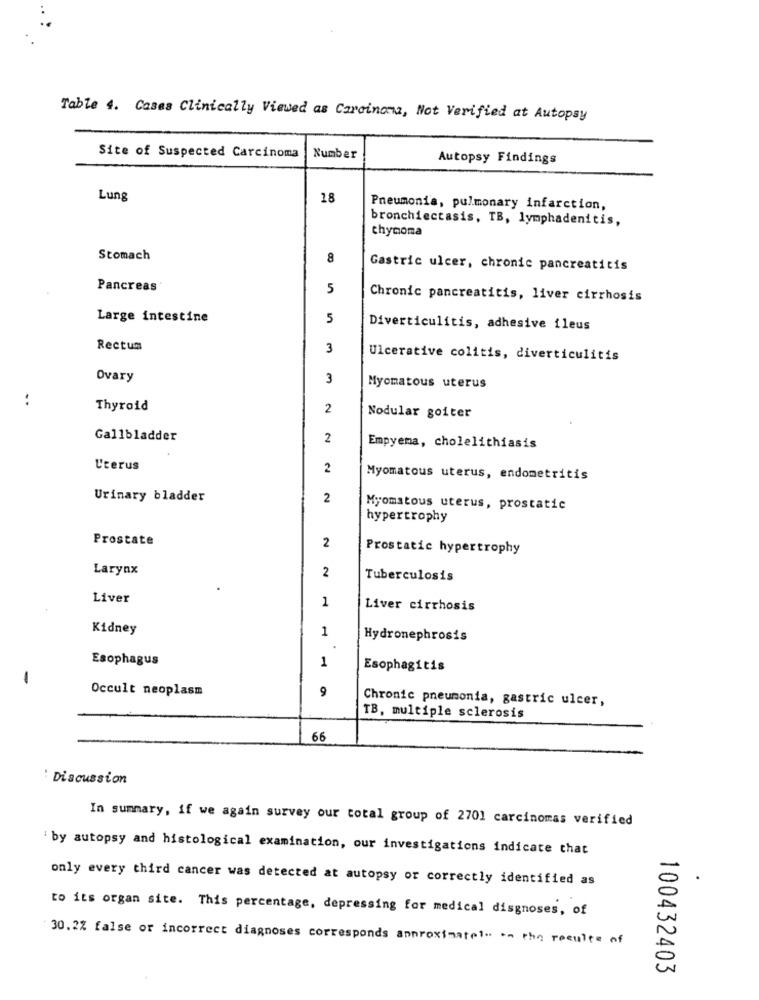
Table 4. Cases Clinically Viewed as Carcinoma, Not Verified at Autopsy
Site of Suspected Carcinoma
Number
Autopsy Findings
Lung
18
Pneumonia, pulmonary infarction,
bronchiectasis, TB, lymphadenitis,
thymoma
Stomach
8
Gastric ulcer, chronic pancreatitis
Pancreas
5
Chronic pancreatitis, liver cirrhosis
Large intestine
5
Diverticulitis, adhesive ileus
Rectum
3
Ulcerative colitis, diverticulitis
Ovary
3
Myomatous uterus
..
Thyroid
2
Nodular goiter
Gallbladder
2
Empyema, cholelithiasis
U'rerus
2
Myomatous uterus, endometritis
Urinary bladder
2
Myomatous uterus, prostatic
hypertrophy
Prostate
2
Prostatic hypertrophy
Larynx
2
Tuberculosis
Liver
1
Liver cirrhosis
Kidney
1
Hydronephrosis
.
Esophagus
1
Esophagitis
Occult neoplasm
9
Chronic pneumonia, gastric ulcer,
TB, multiple sclerosis
66
: Discussion
In summary, if we again survey our total group of 2701 carcinomas verified
' by autopsy and histological examination, our investigations indicate that
only every third cancer was detected at autopsy or correctly identified as
to its organ site. This percentage, depressing for medical disgnoses, of
30.2% false or incorrect diagnoses corresponds approximate !- -- the results of
100432403